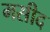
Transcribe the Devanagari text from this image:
मसीद